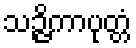
သဉ္ဇိကာပုတ္တံ